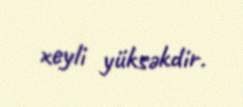
xeyli yüksəkdir.